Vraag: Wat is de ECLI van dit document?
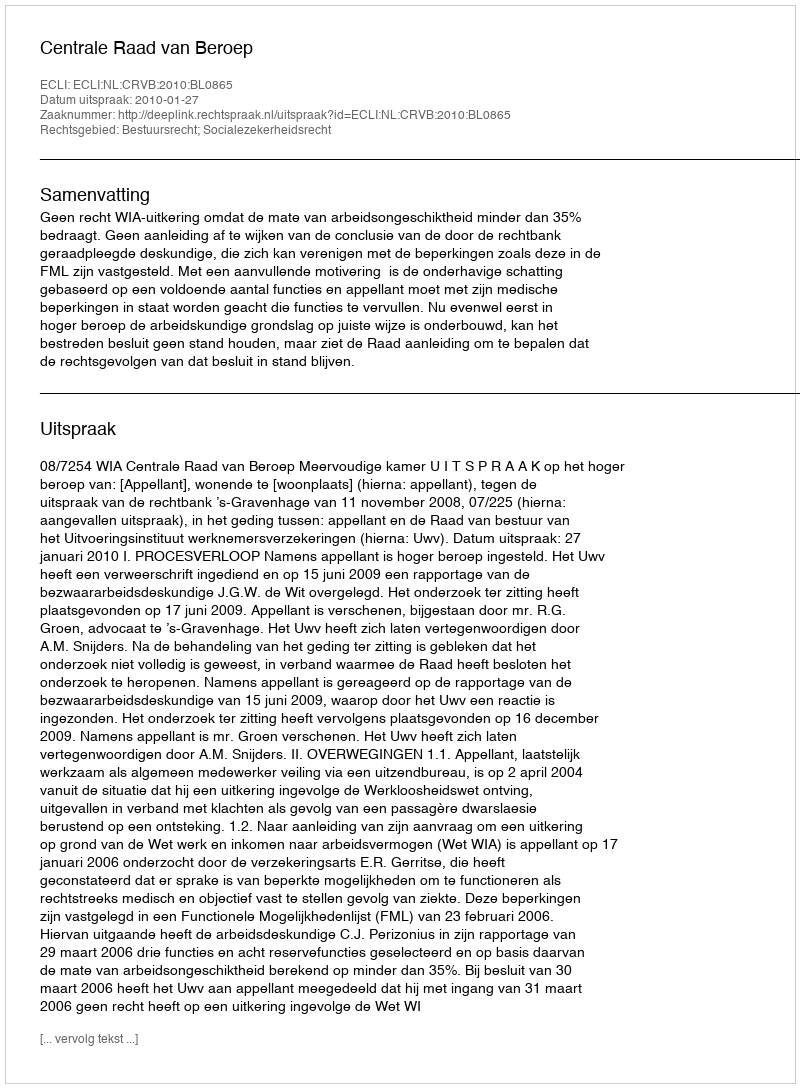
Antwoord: ECLI:NL:CRVB:2010:BL0865